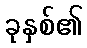
ခုနှစ်၏